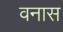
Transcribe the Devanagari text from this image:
वनास